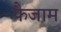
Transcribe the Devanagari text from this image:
फैजाम